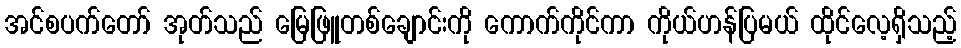
အင်စပက်တော် အုတ်သည် မြေဖြူတစ်ချောင်းကို ကောက်ကိုင်ကာ ကိုယ်ဟန်ပြမယ် ထိုင်လေ့ရှိသည့်